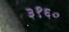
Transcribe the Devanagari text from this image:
३१६०